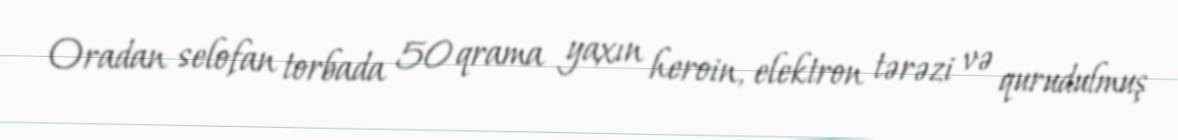
Oradan selofan torbada 50 qrama yaxın heroin, elektron tərəzi və qurudulmuş